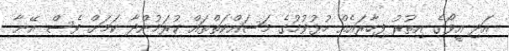
އަދި އީވޯގެ އިތުރު ފިހާރައެއް ހުޅުވުމުގެ މަސައްކަތްތައް ކުރަމުންދާ ކަމަށް ވެސް އޭނާ